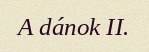
A dánok II.